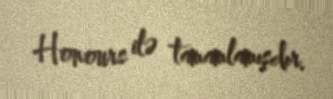
Honours ilə tamamlamışdır.